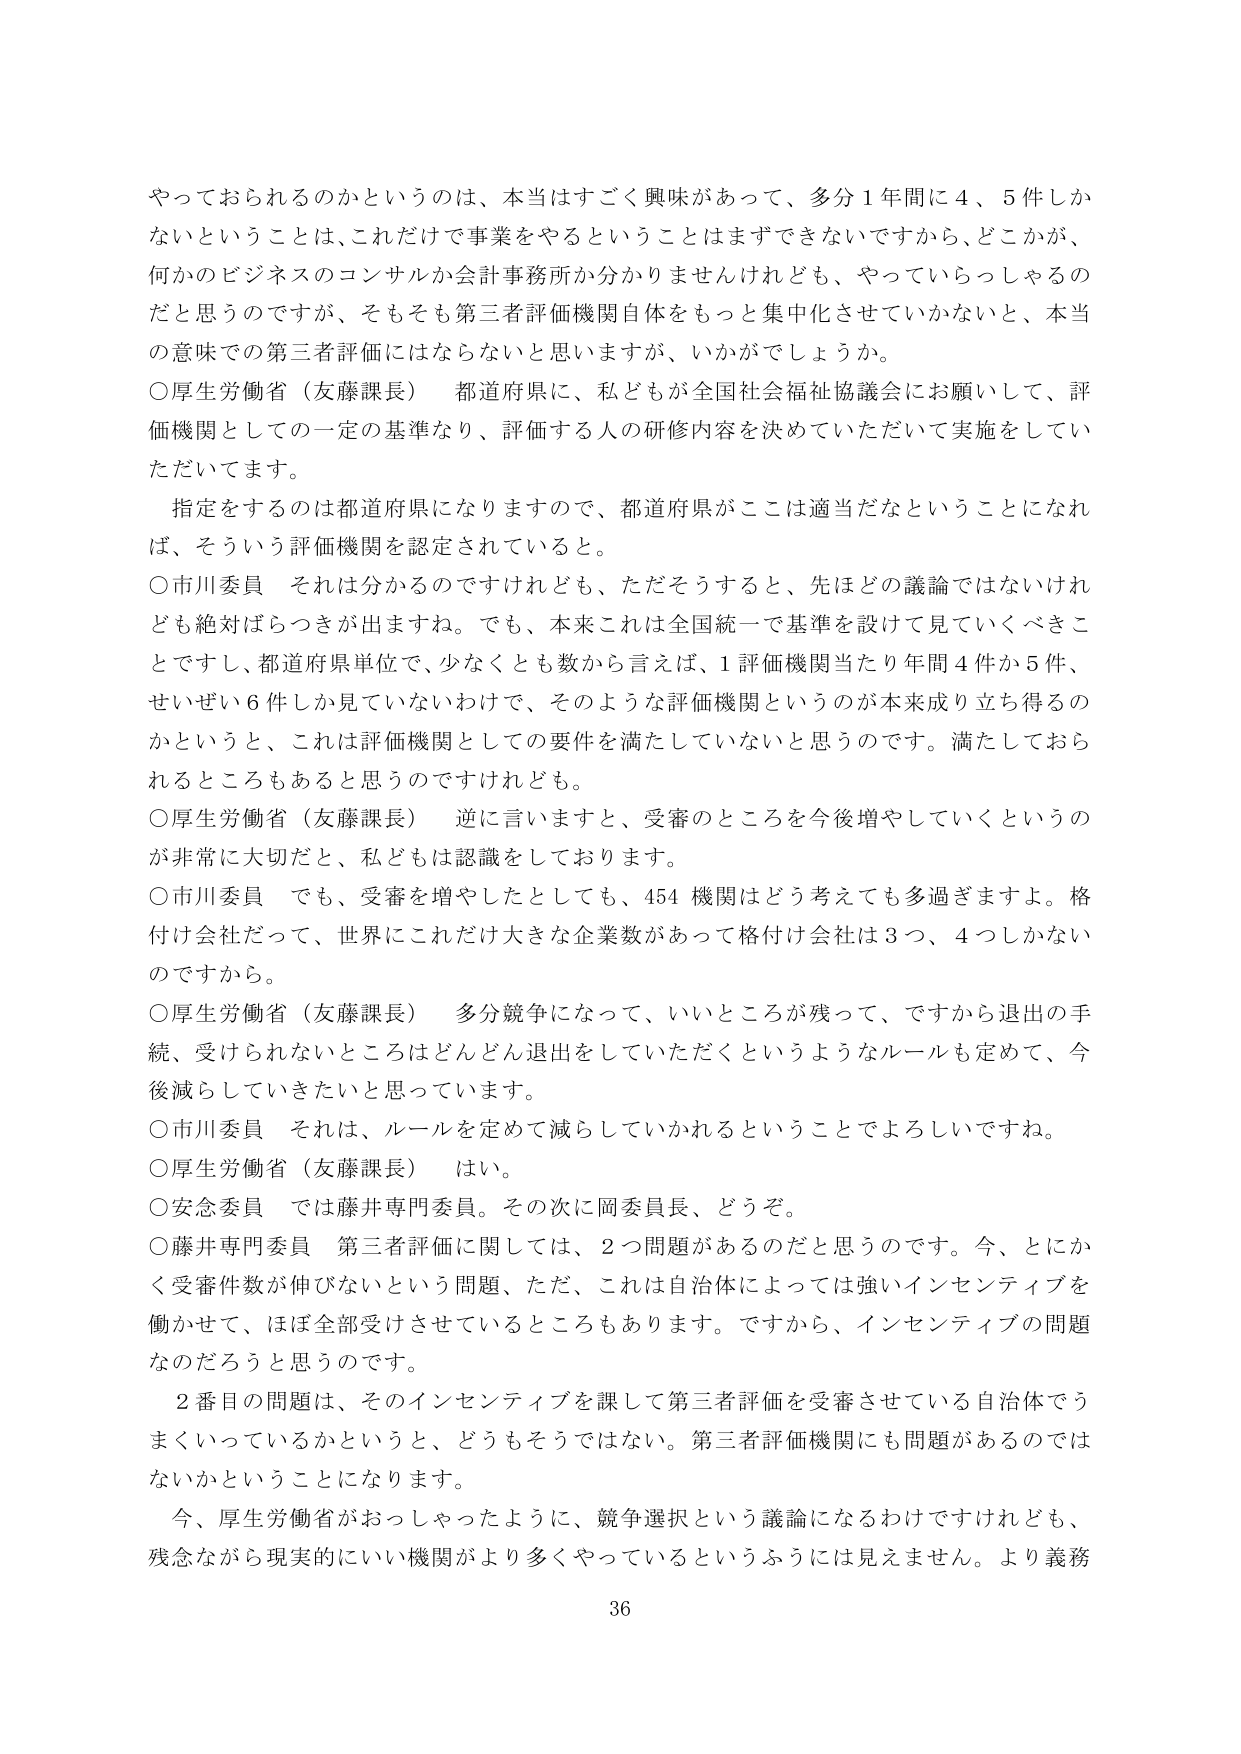
やっておられるのかというのは、本当はすごく興味があって、多分１年間に４、５件しかないということは、これだけで事業をやるということはまずできないですから、どこかが、何かのビジネスのコンサルか会計事務所か分かりませんけれども、やっていらっしゃるのだと思うのですが、そもそも第三者評価機関自体をもっと集中化させていかないと、本当の意味での第三者評価にはならないと思いますが、いかがでしょうか。

○厚生労働省（友藤課長）　都道府県に、私どもが全国社会福祉協議会にお願いして、評価機関としての一定の基準なり、評価する人の研修内容を決めていただいて実施をしていただいています。

　指定をするのは都道府県になりますので、都道府県がここは適当だなということになれば、そういう評価機関を認定されていると。

○市川委員　それは分かるのですけれども、ただそうすると、先ほどの議論ではないけれども絶対ばらつきが出ますね。でも、本来これは全国統一で基準を設けて見ていくべきことですし、都道府県単位で、少なくとも数から言えば、１評価機関当たり年間４件か５件、せいぜい６件しか見ていないわけで、そのような評価機関というのが本来成り立ち得るのかというと、これは評価機関としての要件を満たしていないと思うのです。満たしておられるところもあると思うのですけれども。

○厚生労働省（友藤課長）　逆に言いますと、受審のところを今後増やしていくというのが非常に大切だと、私どもは認識をしております。

○市川委員　でも、受審を増やしたとしても、454機関はどう考えても多過ぎますよ。格付け会社だって、世界にこれだけ大きな企業数があって格付け会社は３つ、４つしかないのですから。

○厚生労働省（友藤課長）　多分競争になって、いいところが残って、ですから退出の手続、受けられないところはどんどん退出をしていただくというようなルールも定めて、今後減らしていきたいと思っています。

○市川委員　それは、ルールを定めて減らしていかれるということですよね。

○厚生労働省（友藤課長）　はい。

○安念委員　では藤井専門委員。その次に岡委員長、どうぞ。

○藤井専門委員　第三者評価に関しては、２つ問題があるのだと思うのです。今、とにかく受審件数が伸びないという問題、ただ、これは自治体によっては強いインセンティブを働かせて、ほぼ全部受けさせているところもあります。ですから、インセンティブの問題なのだろうと思うのです。

　２番目の問題は、そのインセンティブを課して第三者評価を受審させている自治体でうまくいっているかというと、どうもそうではない。第三者評価機関にも問題があるのではないかということになります。

　今、厚生労働省がおっしゃったように、競争選択という議論になるわけですがけれども、残念ながら現実的にいい機関がより多くやっているというふうには見えません。より義務

36